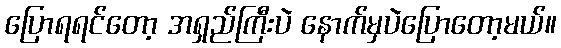
ပြောရရင်တော့ အရှည်ကြီးပဲ နောက်မှပဲပြောတော့မယ်။